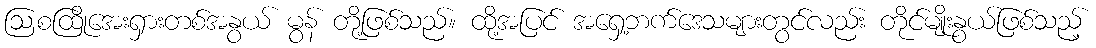
ဩစထြိုအေးရှားတစ်အနွယ် မွန် တို့ဖြစ်သည်။ ထို့အပြင် အရှေ့ဘက်ဒေသများတွင်လည်း တိုင်မျိုးနွယ်ဖြစ်သည့်